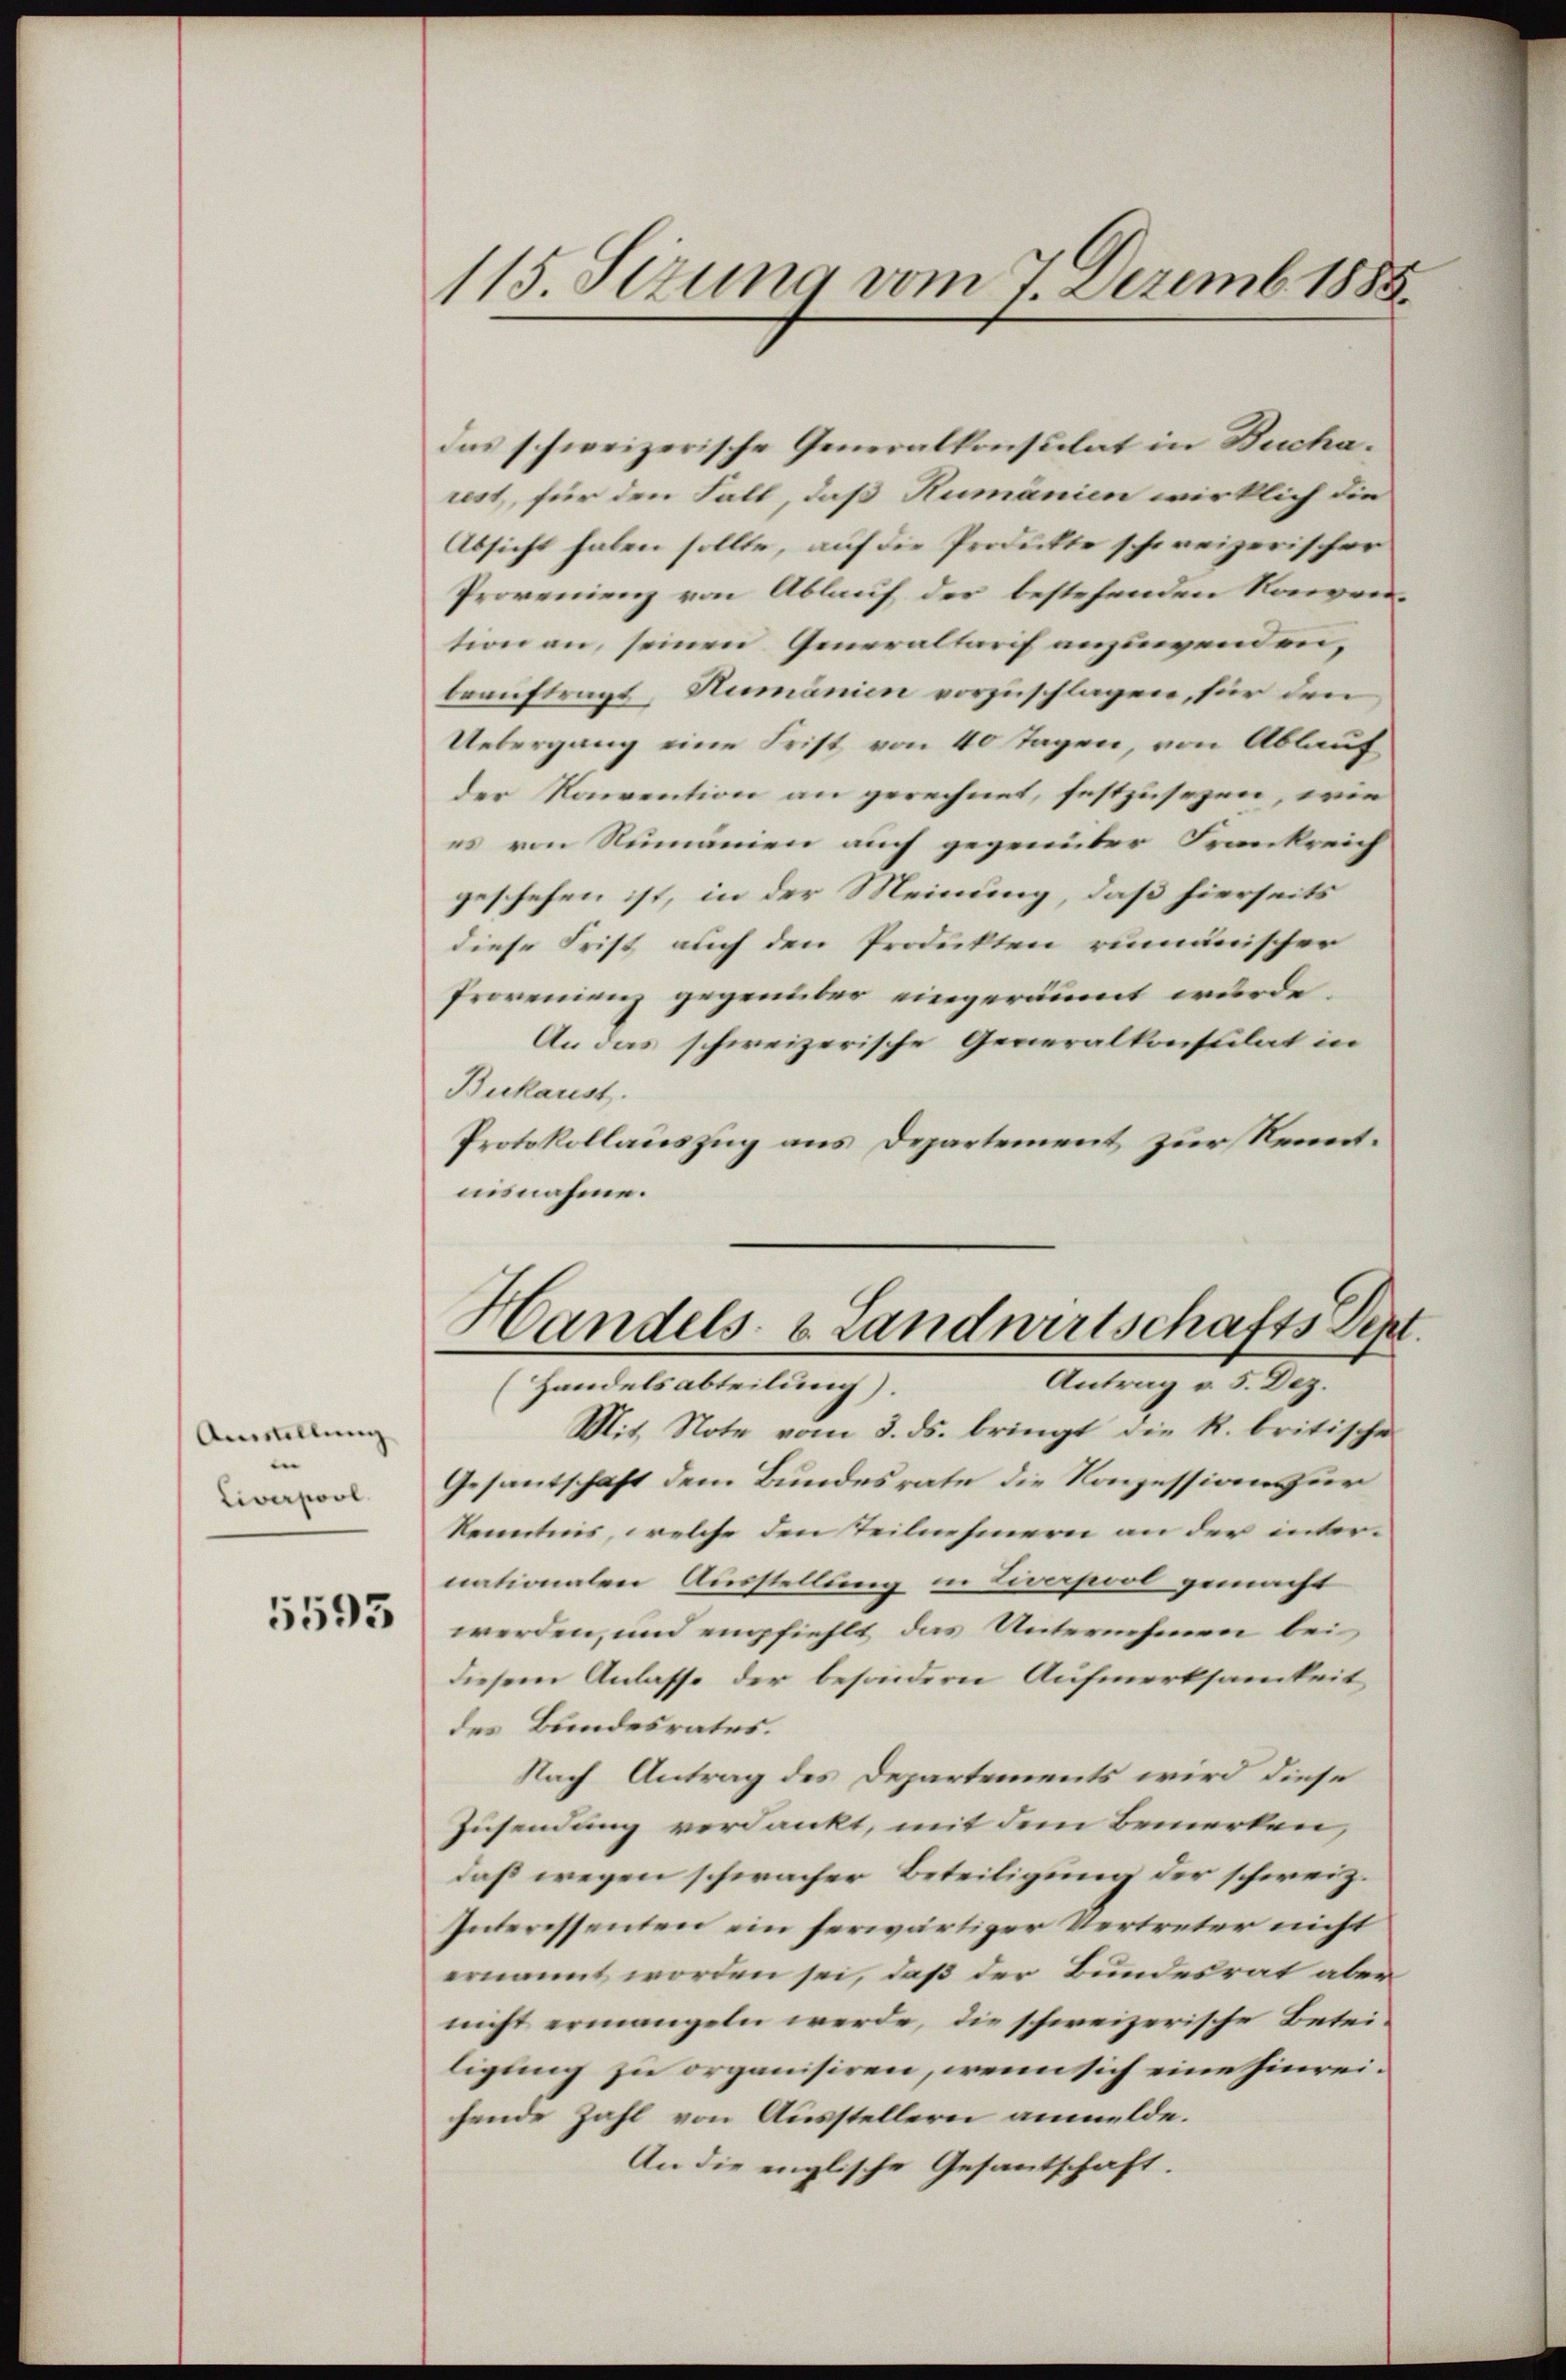
Amstellung
e
Liverpool

5593

115. Setzung vom 7. Dezemb. 1885.

das schweizerische Generalkonsulat in Bucharest, für den Fall, daß Humänien wirklich die
Absicht haben sollte, auf die Produkte schweizerischer
Provenienz von Ablauf der bestehenden Konvention an, seinen Generaltarf anzuwenden,
beauftragt, Humänien vorzuschlagen, für den
Uebergang eine Frist von 40 Tagen, von Ablauf
der Konvention an gerechnet, festzusezen, wie
es von Nemanien auch gegenüber Frankreich
geschehen ist, in der Meinung, daß hierseits
diese Frist auch den Produkten rumänischer
Provenienz gegenüber eingeräumt würde.
An das schweizerische Generalkonsulat in
Bukaust.
Protokollauszug aus Departement zur Kenntaisnahme.
Handels- & Landwirtschafts Sept
Antrag v. 5. Dez.
(Handelsabteilung).
Mit. Note vom 3. ds. bringt die R. britische
Gesantschaft dem Bundesrate die Konzession für
kenntnis, welche den Teilnehmern an der internationalen Ausstellung in Liverpool gemacht
werden, und empfiehlt das Unternehmen bei
diesem Anlasse der besondern Aufmerksamkeit
des Bundesrates.
Nach Antrag des Departements wird diese
Zusendung verdankt, mit dem Bemerken,
daß wegen schwacher Beteiligung der schweiz.
Interessenten ein herwärtiger Vertreter nicht
ernannt worden sei, daß der Bundesrat aber
nicht ermangeln werde, die schweizerische Betei-
ligung zu organisiren, wenn sich eine hinreihende Zahl von Ausstellern anmelde.
An die englische Gesantschaft.